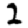
Digit: 2